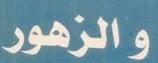
و